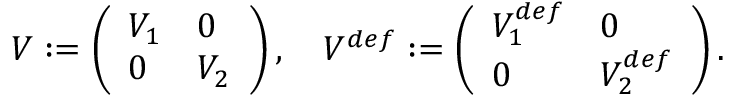
\begin{array} { r } { V : = \left( \begin{array} { l l } { V _ { 1 } } & { 0 } \\ { 0 } & { V _ { 2 } } \end{array} \right) , \quad V ^ { d e f } : = \left( \begin{array} { l l } { V _ { 1 } ^ { d e f } } & { 0 } \\ { 0 } & { V _ { 2 } ^ { d e f } } \end{array} \right) . } \end{array}